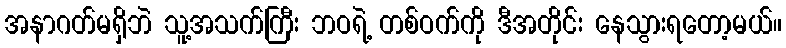
အနာဂတ်မရှိဘဲ သူ့အသက်ကြီး ဘဝရဲ့ တစ်ဝက်ကို ဒီအတိုင်း နေသွားရတော့မယ်။